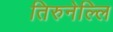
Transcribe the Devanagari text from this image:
तिरुनेल्लि